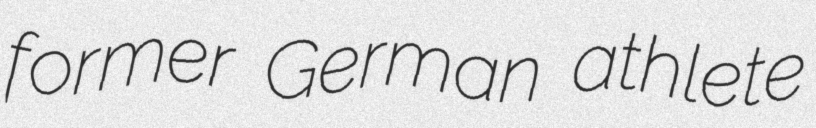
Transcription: former German athlete